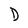
Character: D